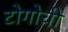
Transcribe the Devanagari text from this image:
टोगोची